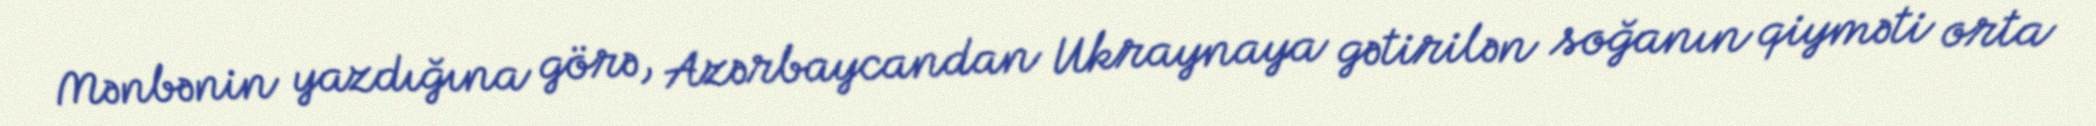
Mənbənin yazdığına görə, Azərbaycandan Ukraynaya gətirilən soğanın qiyməti orta